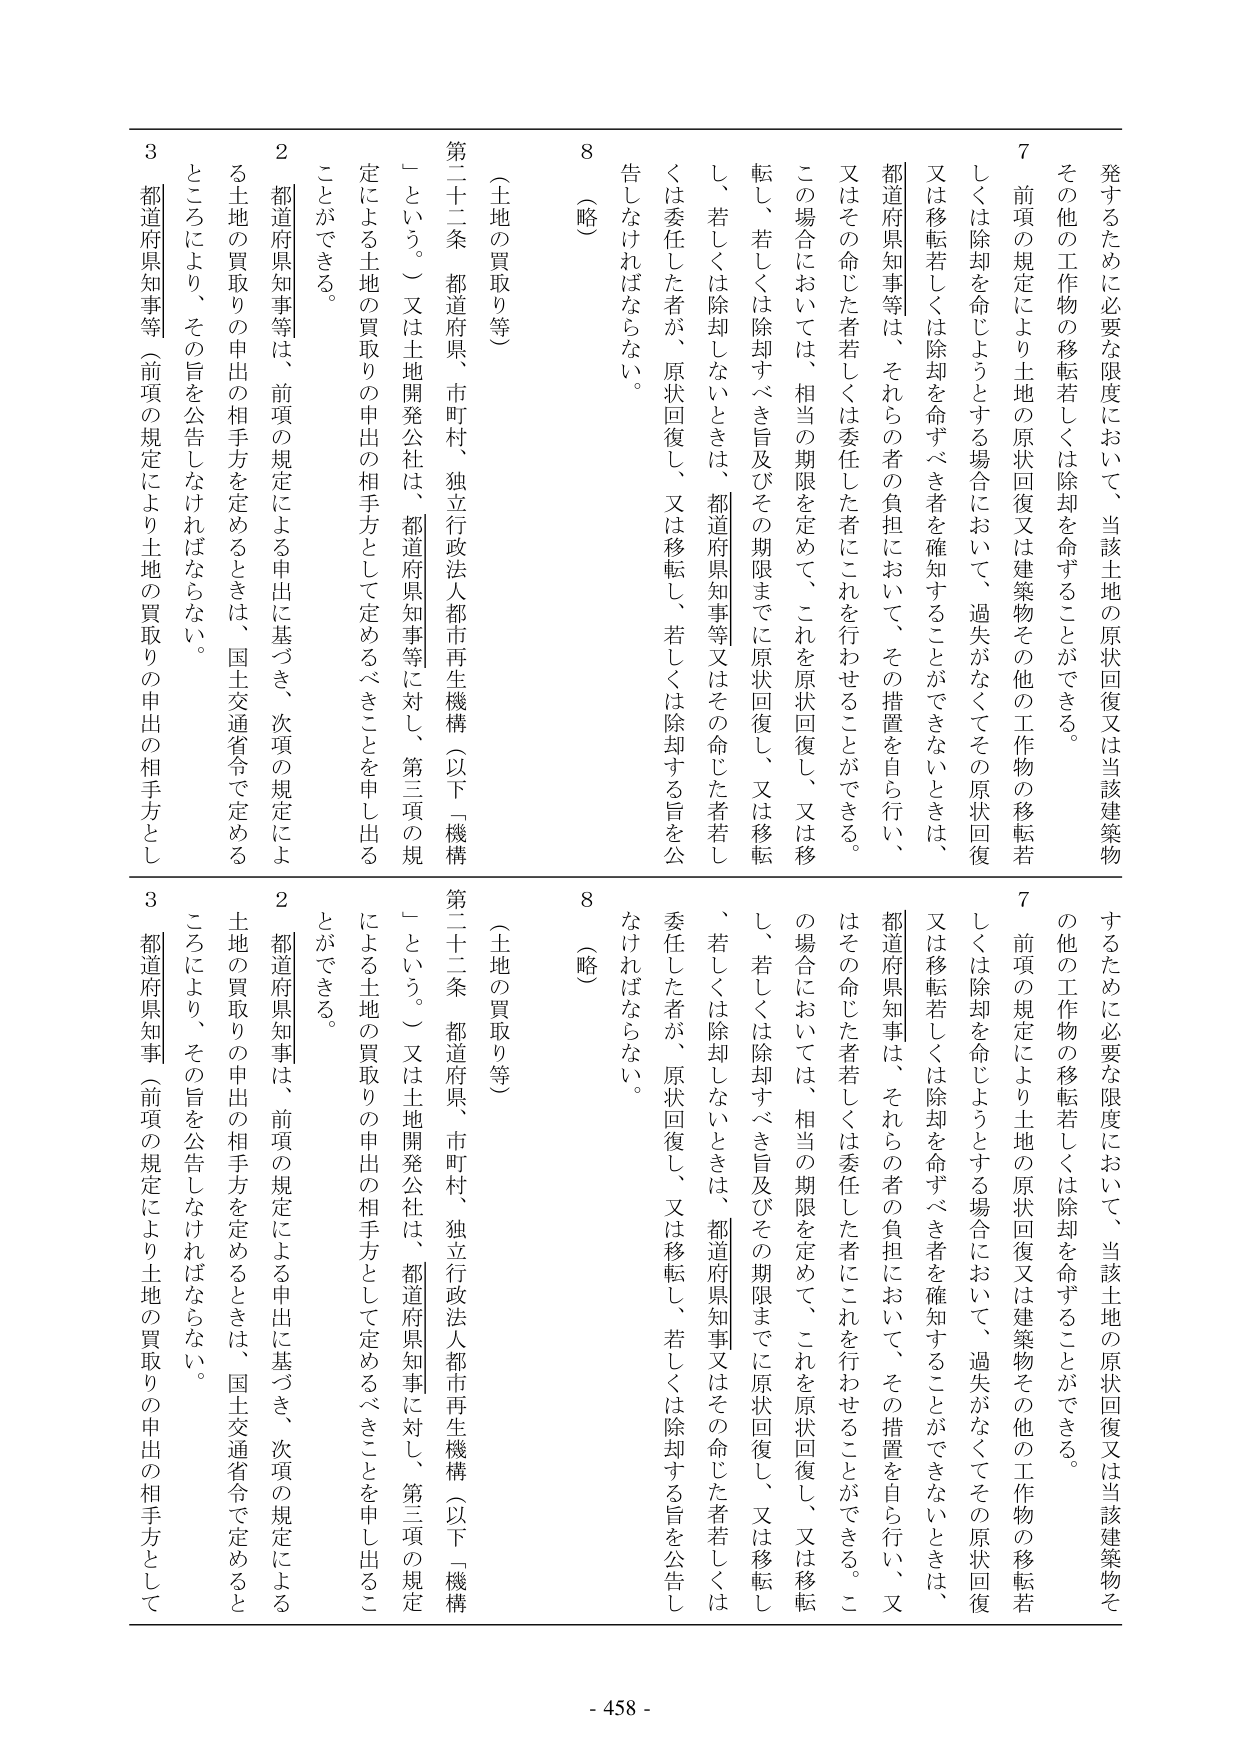
発するためにな要な限度において、当該土地の原状回復又は当該建築物
その他の工作物の移転若しくは除却を命ずることができる。
7 前項の規定により土地の原状回復又は建築物その他の工作物の移転若
しくは除却を命じようとする場合において、過失がなくてその原状回復
又は移転若しくは除却を命ずべき者を確知することができないときは、
都道府県知事等は、それらの者の負担において、その措置を自ら行い、
又はその命じた者若しくは委任した者にこれを行わせることができる。
この場合においては、相当の期限を定めて、これを原状回復し、又は移
転し、若しくは除却すべき旨及びその期限までに原状回復し、又は移転
し、若しくは除却しないときは、都道府県知事等又はその命じた者若し
くは委任した者が、原状回復し、又は移転し、若しくは除却する旨を公
告しなければならない。
8 （略）
（土地の買取り等）
第二十二条 都道府県、市町村、独立行政法人都市再生機構（以下「機構
」という。）又は土地開発公社は、都道府県知事等に対し、第三項の規
定による土地の買取りの申出の相手方として定めるべきことを申し出る
ことができる。
2 都道府県知事等は、前項の規定による申出に基づき、次項の規定によ
る土地の買取りの申出の相手方を定めるときは、国土交通省令で定める
ところにより、その旨を公告しなければならない。
3 都道府県知事等（前項の規定により土地の買取りの申出の相手方とし
するためにな要な限度において、当該土地の原状回復又は当該建築物そ
の他の工作物の移転若しくは除却を命ずることができる。
7 前項の規定により土地の原状回復又は建築物その他の工作物の移転若
しくは除却を命じようとする場合において、過失がなくてその原状回復
又は移転若しくは除却を命ずべき者を確知することができないときは、
都道府県知事は、それらの者の負担において、その措置を自ら行い、又
はその命じた者若しくは委任した者にこれを行わせることができる。こ
の場合においては、相当の期限を定めて、これを原状回復し、又は移転
し、若しくは除却すべき旨及びその期限までに原状回復し、又は移転し
、若しくは除却しないときは、都道府県知事又はその命じた者若しくは
委任した者が、原状回復し、又は移転し、若しくは除却する旨を公告し
なければならない。
8 （略）
（土地の買取り等）
第二十二条 都道府県、市町村、独立行政法人都市再生機構（以下「機構
」という。）又は土地開発公社は、都道府県知事に対し、第三項の規定
による土地の買取りの申出の相手方として定めるべきことを申し出るこ
とができる。
2 都道府県知事は、前項の規定による申出に基づき、次項の規定による
土地の買取りの申出の相手方を定めるときは、国土交通省令で定めると
ころにより、その旨を公告しなければならない。
3 都道府県知事（前項の規定により土地の買取りの申出の相手方として
- 458 -